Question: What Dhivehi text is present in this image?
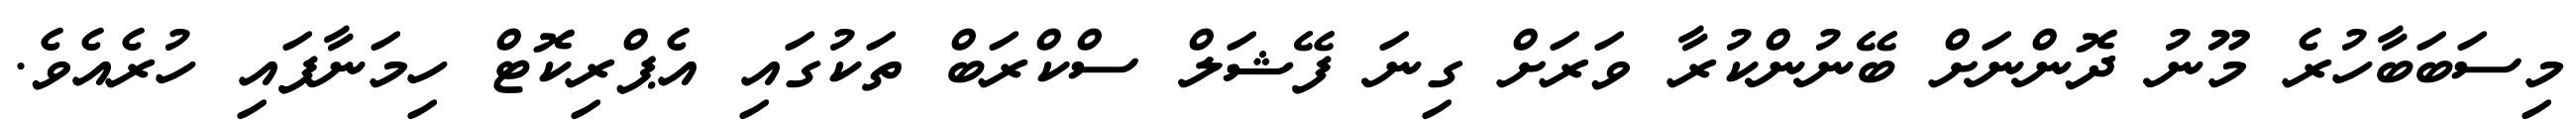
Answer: މިސަބަބާހުރެ މޫނު ދޮންނަށް ބޭނުންކުރާ ވަރަށް ގިނަ ފޭޝަލް ސްކްރަބް ތަކުގައި އެޕްރިކޮޓް ހިމަނާފައި ހުރެއެވެ.